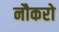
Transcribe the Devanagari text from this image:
नौकरो